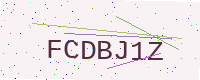
Text: FCDBJ1Z